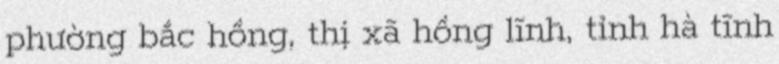
phường bắc hồng, thị xã hồng lĩnh, tỉnh hà tĩnh